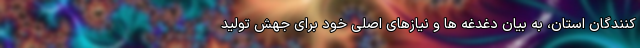
کنندگان استان، به بیان دغدغه ها و نیازهای اصلی خود برای جهش تولید